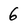
Character: 6